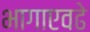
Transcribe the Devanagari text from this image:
भागाएवढे